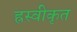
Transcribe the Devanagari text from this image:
ह्रस्वीकृत